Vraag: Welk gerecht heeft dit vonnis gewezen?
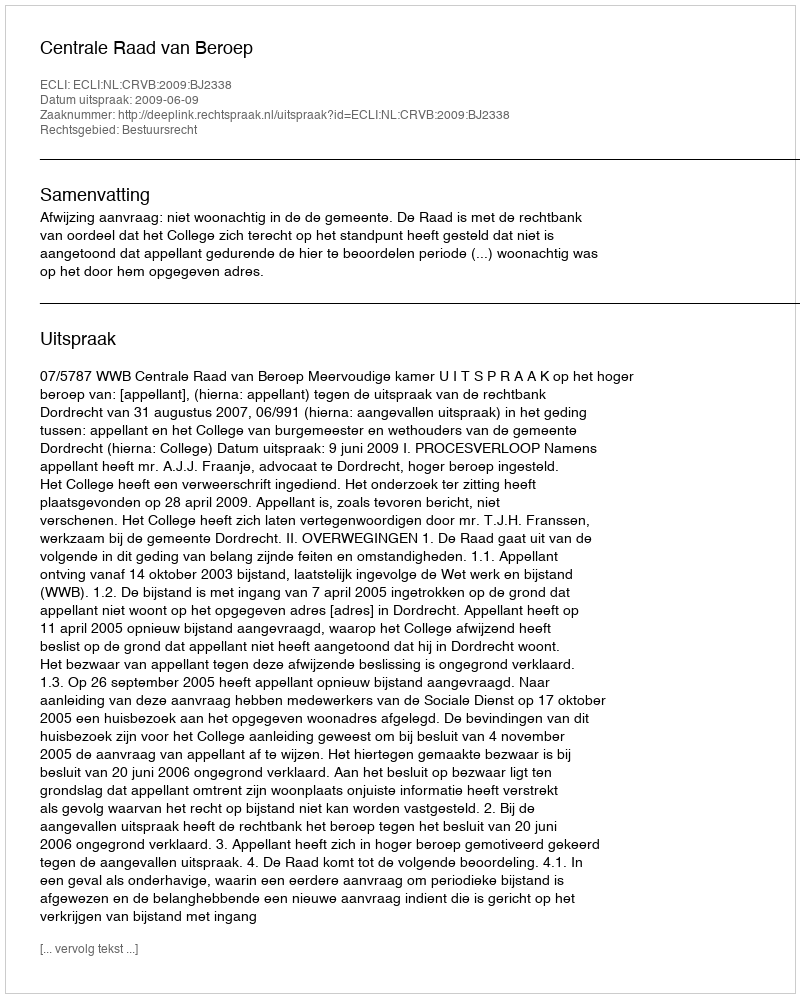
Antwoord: Centrale Raad van Beroep